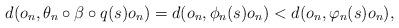
LaTeX: \begin{align*} d(o_n,\theta_n\circ\beta\circ q(s)o_n)=d(o_n,\phi_n(s)o_n)<d(o_n,\varphi_n(s)o_n), \end{align*}